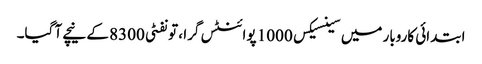
ابتدائی کاروبار میں سینسیکس 1000 پوائنٹس گرا ، تو نفٹی 8300 کے نیچے آ گیا۔